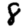
Digit: 8